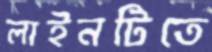
লাইনটিতে